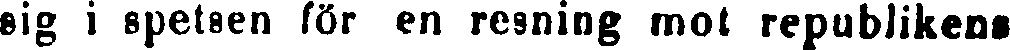
sig i spetsen för en resning mot republikens